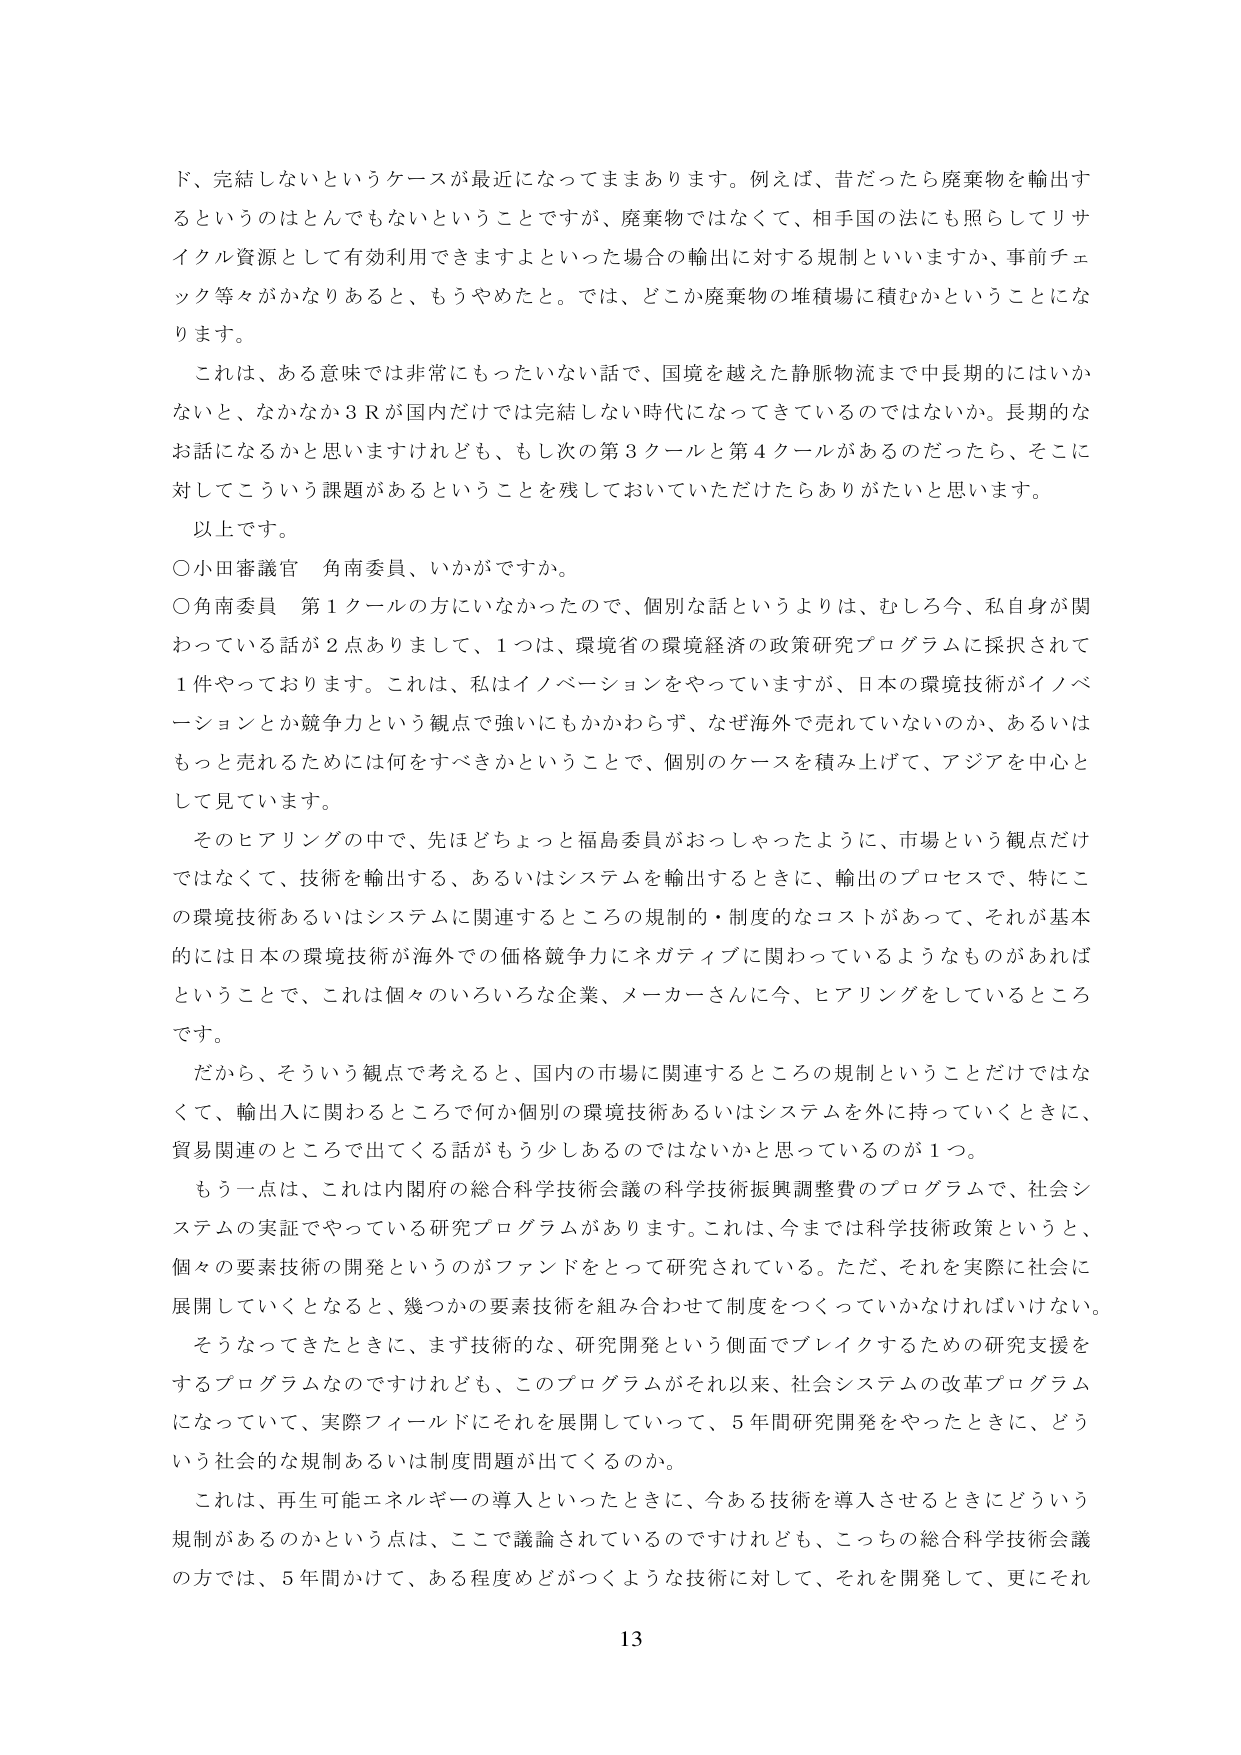
ド、完結しないというケースが最近になってまあります。例えば、昔だったら廃棄物を輸出するというのはとんでもないということですが、廃棄物ではなくて、相手国の法にも照らしてリサイクル資源として有効利用できますよといった場合の輸出に対する規制といいますか、事前チェック等々がかなりあると、もうやめたと。では、どこか廃棄物の堆積場に積むかということになります。

これは、ある意味では非常にもったいない話で、国境を越えた静脈物流まで中長期的にはいかないと、なかなか3Rが国内だけでは完結しない時代になってきているのではないか。長期的なお話になるかと思いますけれども、もし次の第3クールと第4クールがあるのだったら、それに対してこういう課題があるということを残しておいていただけたらありがたいと思います。

以上です。

○小田審議官 角南委員、いかがですか。

○角南委員 第1クールの方にいなかったので、個別な話というよりは、むしろ今、私自身が関わっている話が2点ありまして、1つは、環境省の環境経済の政策研究プログラムに採択されて1件やっております。これは、私はイノベーションをやっていますが、日本の環境技術がイノベーションとか競争力という観点で強いにもかかわらず、なぜ海外で売れていないのか、あるいはもっと売れるためには何をすべきかということで、個別のケースを積み上げて、アジアを中心として見ています。

そのヒアリングの中で、先ほどちょっと福島委員がおっしゃったように、市場という観点だけではなくて、技術を輸出する、あるいはシステムを輸出するときに、輸出のプロセスで、特にこの環境技術あるいはシステムに関連するところの規制的・制度的なコストがあって、それが基本的には日本の環境技術が海外での価格競争力にネガティブに関わっているようなものがあればということで、これは個々のいろいろな企業、メーカーさんに今、ヒアリングをしているところです。

だから、そういう観点で考えると、国内の市場に関連するところの規制ということだけではなくて、輸出入に関わるところで何か個別の環境技術あるいはシステムを外に持っていくときに、貿易関連のところで出てくる話がもう少しあるのではないかと思っているのが1つ。

もう一点は、これは内閣府の総合科学技術会議の科学技術振興調整費のプログラムで、社会システムの実証でやっている研究プログラムがあります。これは、今までは科学技術政策というと、個々の要素技術の開発というのがファンドをとって研究されている。ただ、それを実際に社会に展開していくとなると、幾つかの要素技術を組み合わせて制度をつくっていかなければならない。

そうなってきたときに、まず技術的な、研究開発という側面でブレイクするための研究支援をするプログラムなのですが、このプログラムがそれ以来、社会システムの改革プログラムになっていて、実際フィールドにそれを展開していって、5年間研究開発をやったときに、どういう社会的な規制あるいは制度問題が出てくるのか。

これは、再生可能エネルギーの導入といったときに、今ある技術を導入させるときにどういう規制があるのかという点は、ここで議論されているのですけれども、こっちの総合科学技術会議の方では、5年間かけて、ある程度めどがつくような技術に対して、それを開発して、更にそれ

13